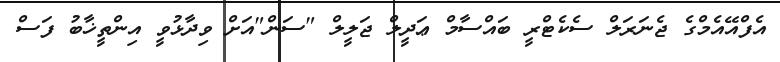
އެފްއޭއެމްގެ ޖެނަރަލް ސެކެޓްރީ ބައްސާމް ޢަދީލް ޖަލީލް "ސަން"އަށް ވިދާޅުވީ އިންތީޚާބު ފަސް